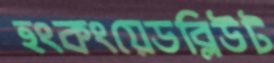
হংকংয়েডব্লিউট